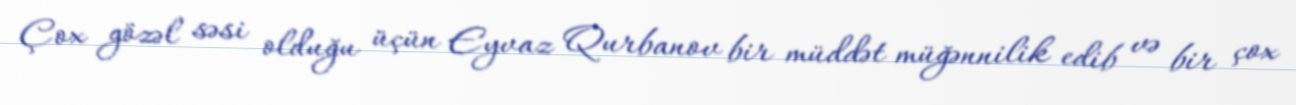
Çox gözəl səsi olduğu üçün Eyvaz Qurbanov bir müddət müğənnilik edib və bir çox